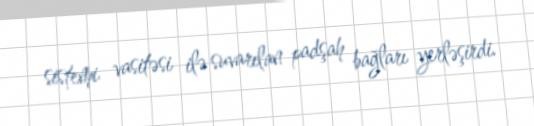
sistemi vasitəsi ilə suvarılan padşah bağları yerləşirdi.